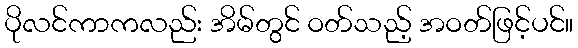
ပိုလင်ကာကလည်း အိမ်တွင် ဝတ်သည့် အဝတ်ဖြင့်ပင်။